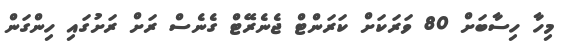
މިހާ ހިސާބަށް 80 ވަރަކަށް ކަރަންޓް ޖެނެރޭޓް ގެނެސް ރަށް ރަށުގައި ހިންގަން